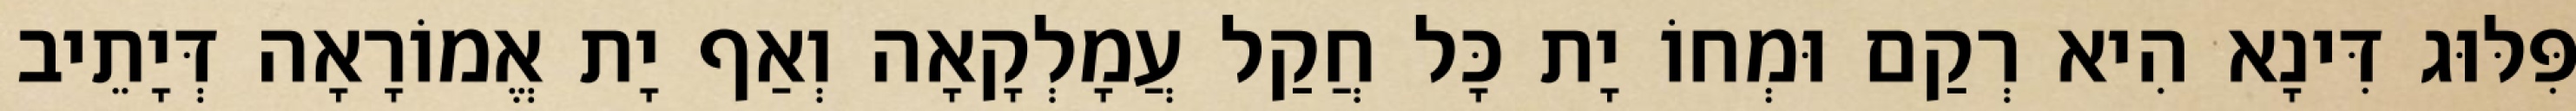
פִּלּוּג דִּינָא הִיא רְקַם וּמְחוֹ יָת כָּל חֲקַל עֲמָלְקָאָה וְאַף יָת אֱמוֹרָאָה דְּיָתֵיב